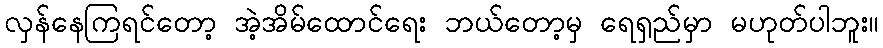
လှန်နေကြရင်တော့ အဲ့အိမ်ထောင်ရေး ဘယ်တော့မှ ရေရှည်မှာ မဟုတ်ပါဘူး။